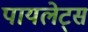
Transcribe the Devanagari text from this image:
पायलेट्स